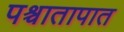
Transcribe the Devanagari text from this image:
पश्र्चातापात